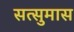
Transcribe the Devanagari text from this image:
सत्सुमास